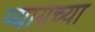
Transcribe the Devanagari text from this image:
प्यायच्या